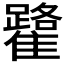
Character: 𩁐